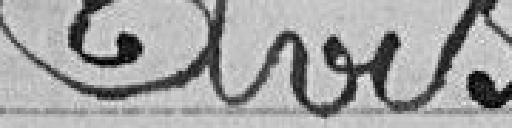
Avis